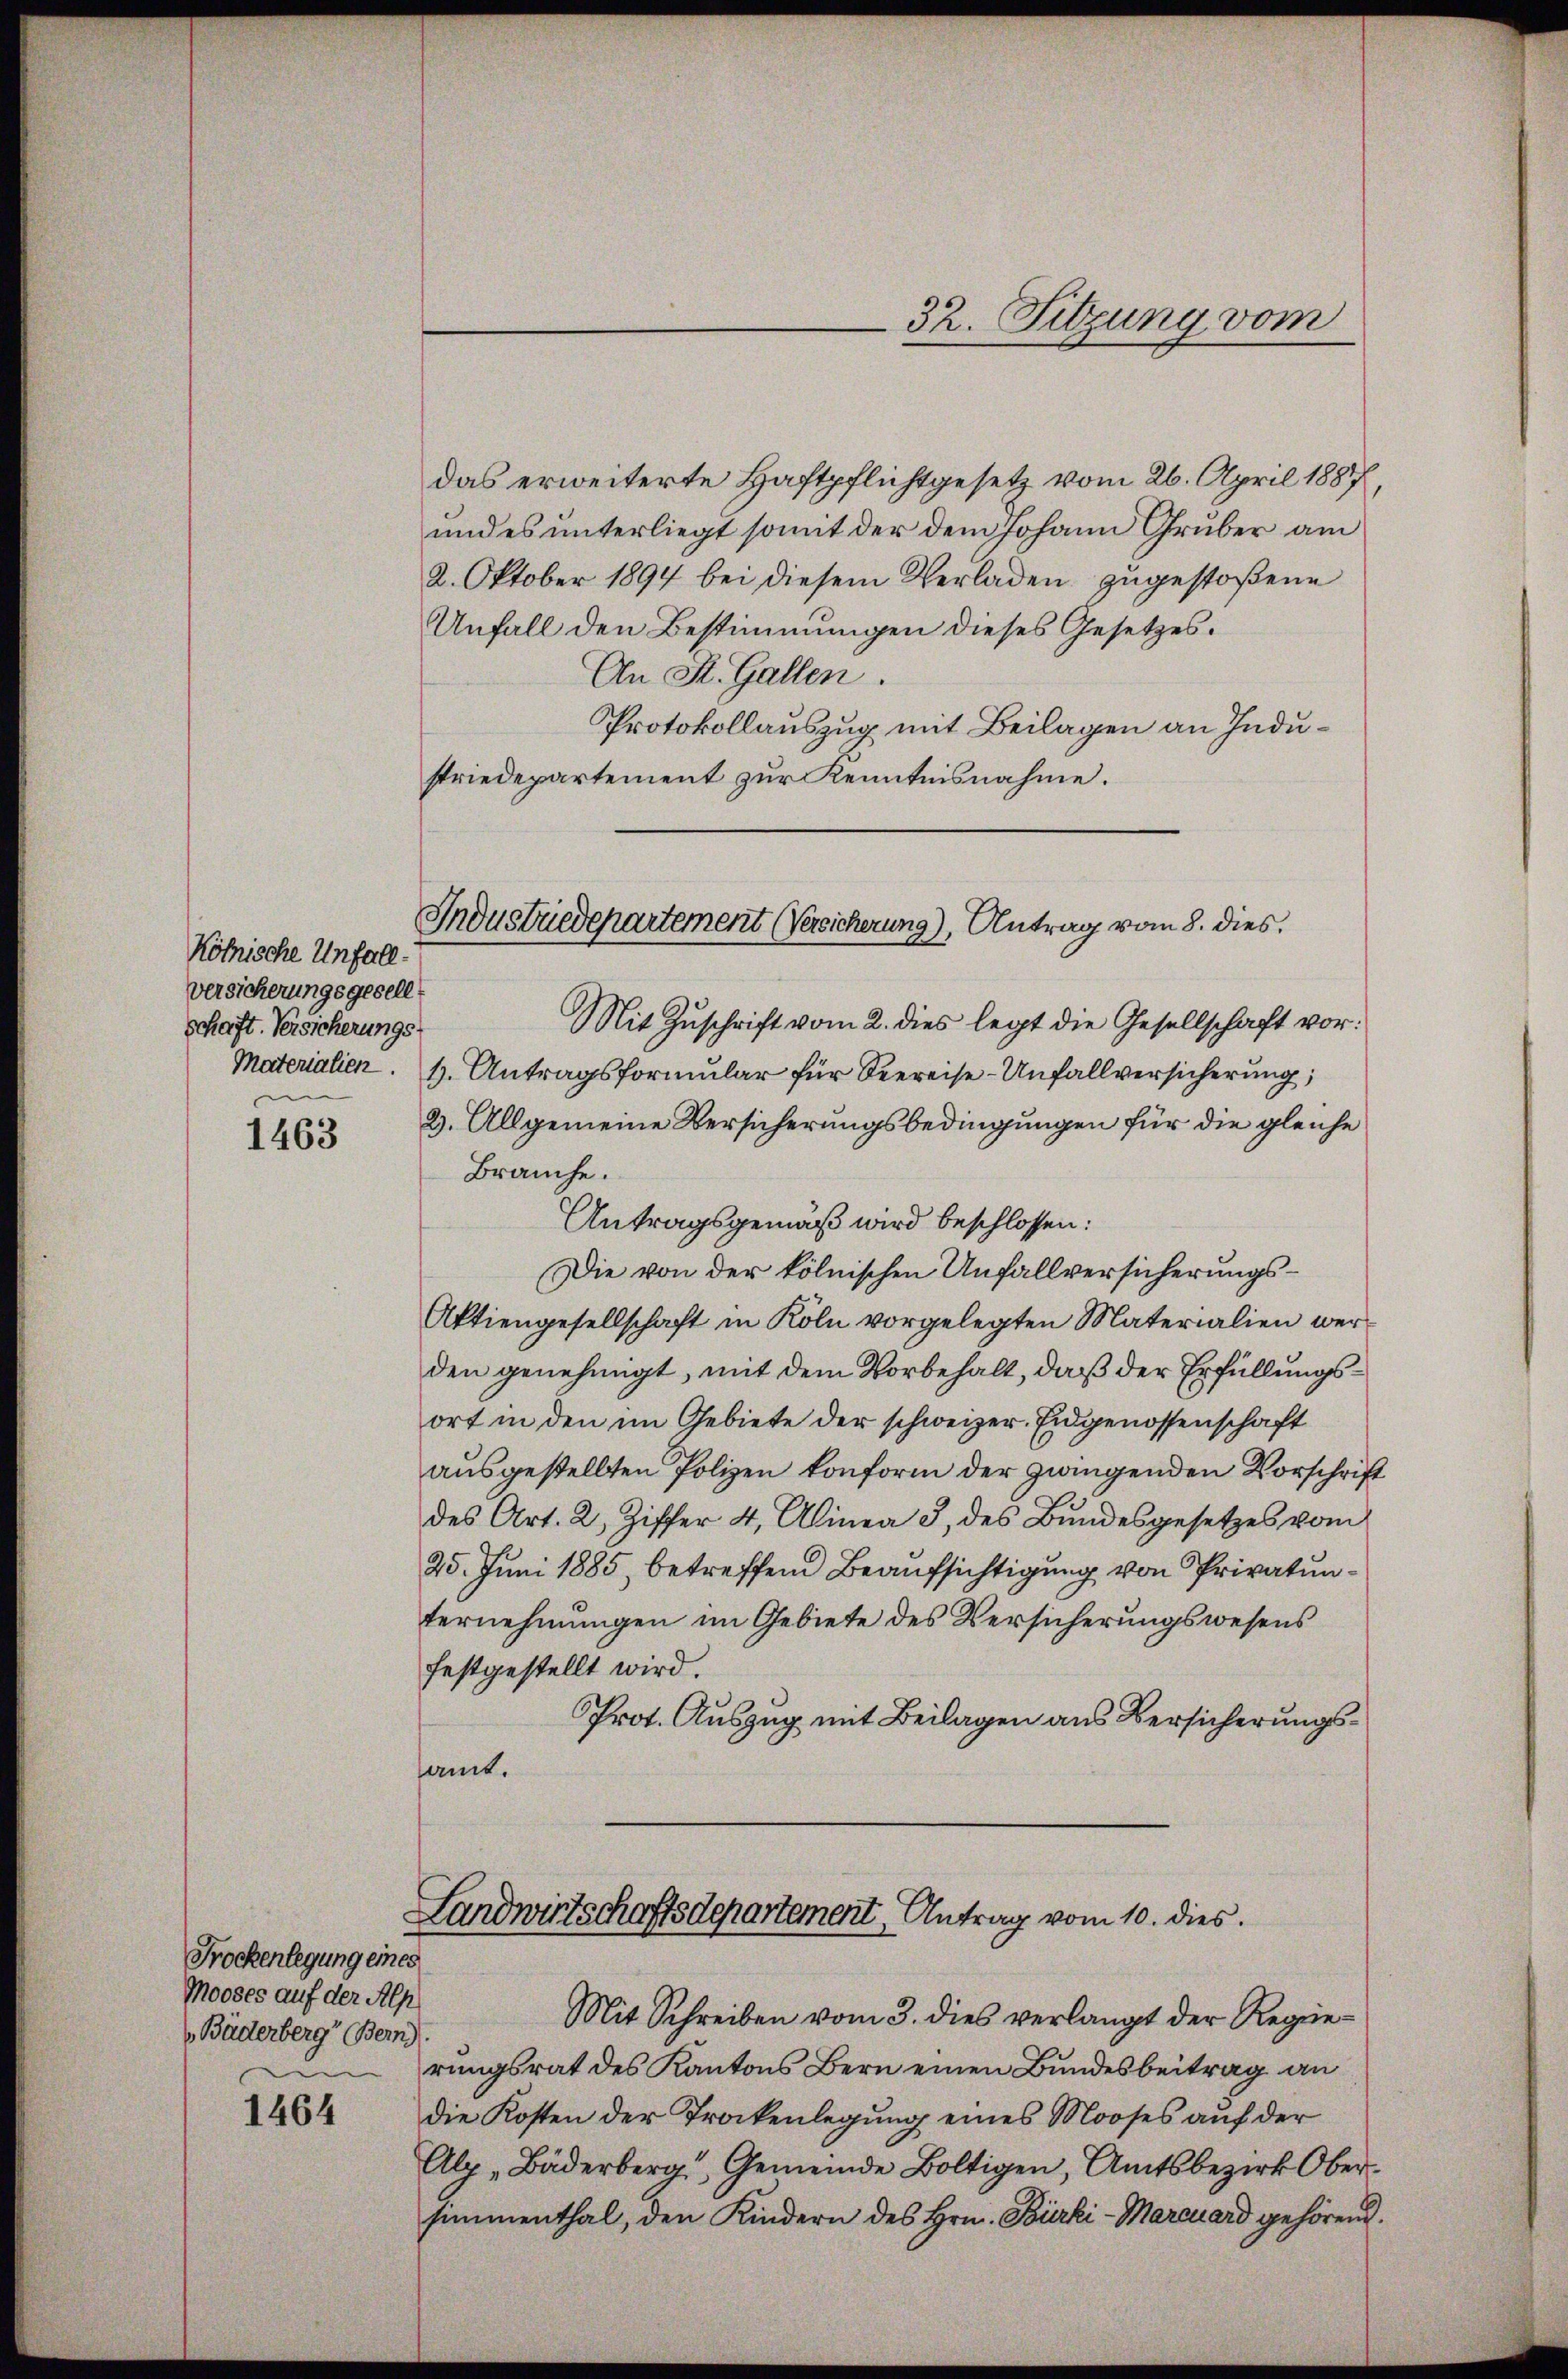
1463

Trockenlegung eines
Mooses auf der Alp
Bäderberg (Bern.
m

1464

das erweiterte Haftpflichtgesetz vom 26. April 1887,
und es unterliegt somit der dem Johann Gruber am
2. Oktober 1894 bei diesem Verladen zugestoßene
Unfall den Bestimmungen dieses Gesetzes.
An St. Gallen.
Protokollauszug mit Beilagen an Industriedepartement zur Kenntnisnahme.

kölnische Unfall.
versicherungsgesell
schaft. Versicherungs
n

Mit Schreiben vom 3. dies verlangt der Regierungsrat des Kantons Bern einen Bundesbeitrag an
die Kosten der Trockenlegung eines Mooses auf der
Alp-Bäderberg, Gemeinde Boltigen, Amtsbezirk Ober-
simmenthal, den Kindern des Hrn. Bürki-Marcuard gehörend.

32. Sitzung vom

Industriedepartement Versicherung), Antrag vom 8. dies

Mit Zuschrift vom 2. dies legt die Gesellschaft vor¬
Materialien. 1. Antragsformular für Seereise-Unfallversicherung;
2. Allgemeine Versicherungsbedingungen für die gleiche
Brauche.
Antragsgemäß wird beschlossen:
Die von der kölnischen Unfallversicherungs¬
Aktiengesellschaft in Köln vorgelegten Materialien werden genehmigt, mit dem Vorbehalt, daß der Erfüllungsort in den im Gebiete der schweizer. Eidgenossenschaft
ausgestellten Polizen konform der zwingenden Vorschrift
des Art. 2, Ziffer 4, Alinea 3 des Bundesgesetzes vom
25. Juni 1885, betreffend Beaufsichtigung von Privatunternehmungen im Gebiete des Versicherungswesens
festgestellt wird.
Prot. Auszug mit Beilagen aus Versicherungsamt.

Landwirtschaftsdepartement Antrag vom 10. dies